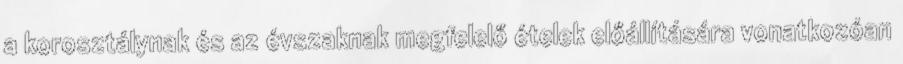
a korosztálynak és az évszaknak megfelelő ételek előállítására vonatkozóan